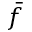
\bar { f }